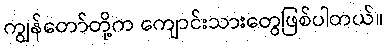
ကျွန်တော်တို့က ကျောင်းသားတွေဖြစ်ပါတယ်။